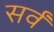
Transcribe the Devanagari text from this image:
सर्वँ